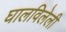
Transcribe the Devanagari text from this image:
घालविलेली